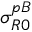
\sigma _ { R 0 } ^ { p B }